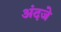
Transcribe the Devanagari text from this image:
अंदजे